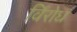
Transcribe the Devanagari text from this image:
र्विरोध